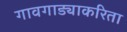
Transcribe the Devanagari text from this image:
गावगाड्याकरिता